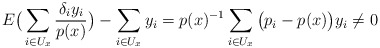
\begin{align*}E\big(\sum_{i\in U_x} \frac{\delta_i y_i}{p(x)} \big) - \sum_{i\in U_x} y_i = p(x)^{-1} \sum_{i\in U_x} \big(p_i - p(x)\big) y_i \neq 0\end{align*}